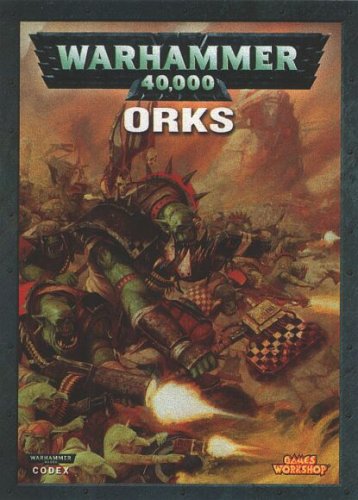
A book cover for Codex Orks (Warhammer 40,000); Science Fiction & Fantasy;